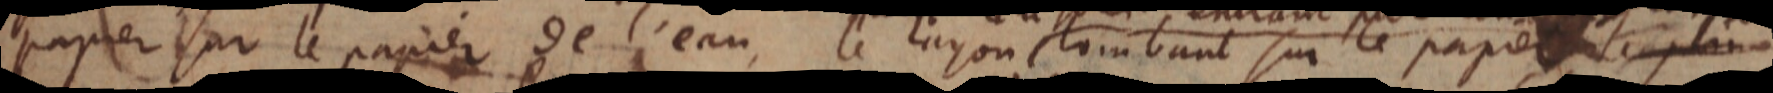
papier sur le papier de l’eau, le rayon tombant sur le papier